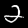
Digit: 2